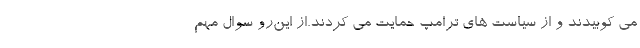
مي كوبيدند و از سياست هاي ترامپ حمايت مي كردند.از این‌رو سوال مهم